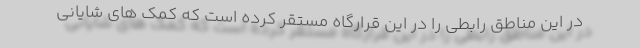
در این مناطق رابطی را در این قرارگاه مستقر کرده است که کمک های شایانی